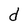
Character: d